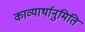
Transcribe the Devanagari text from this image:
काव्यार्थानुमिति